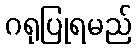
ဂရုပြုရမည်